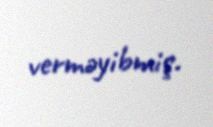
verməyibmiş.